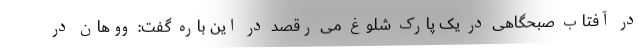
در آفتاب صبحگاهی در یک پارک شلوغ می رقصد در این باره گفت: ووهان در